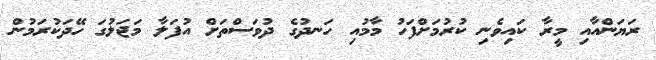
ރަޔަންއާއި މީރާ ކައިވެނި ކުރުމަށްފަހު މާމުއި ހަނދުގެ ދުވަސްތަށް އުފަލާ މަޖަލުގަ ހޭދަކުރަމުން